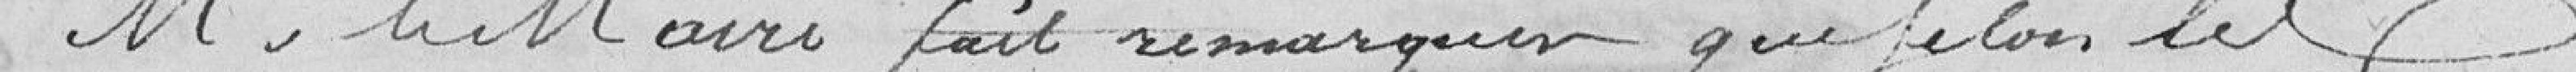
Monsieur le Maire fait remarquer que selon les